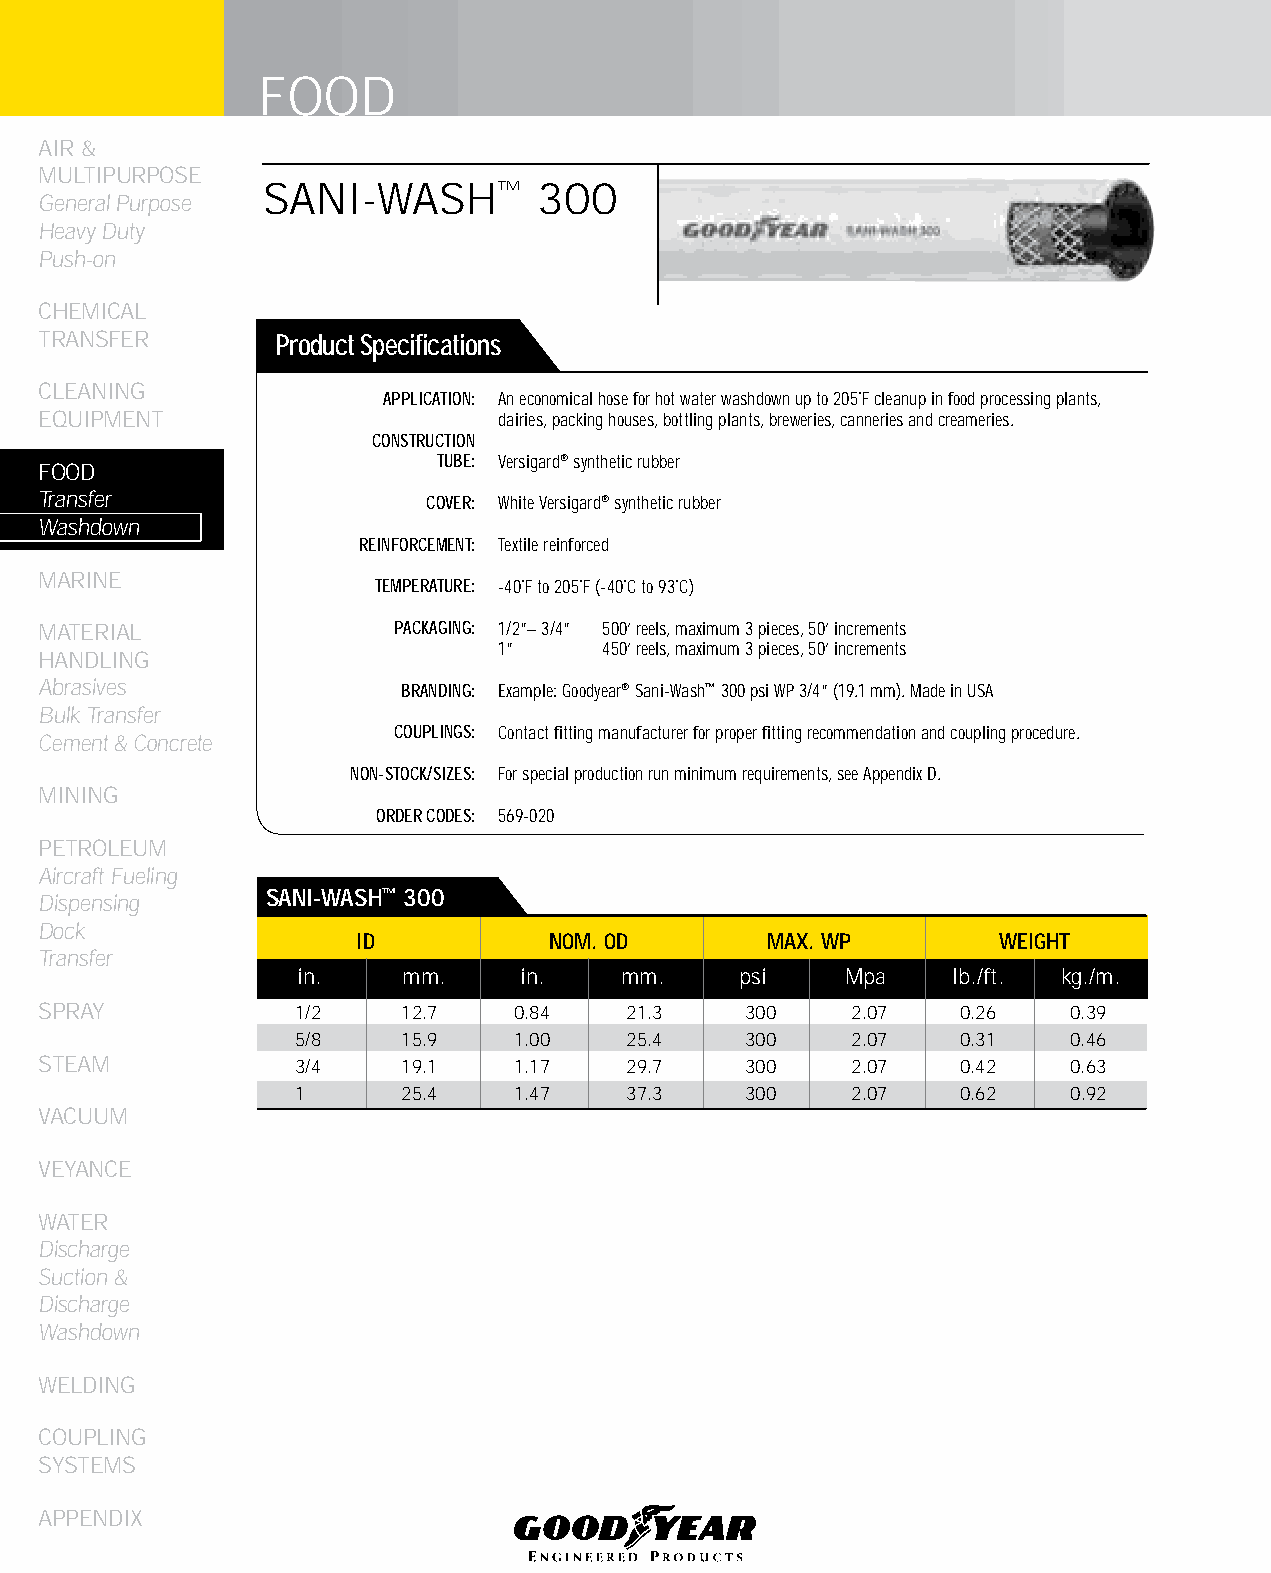
FOOD
 AIR &
 MULTIPURPOSE
 SANI-WASH™        300
 General Purpose
 Heavy Duty
 Push-on
 CHEMICAL
 TRANSFER       Product Specifications
 CLEANING
 APPLICATION: An economical hose for hot water washdown up to 205˚F cleanup in food processing plants,
 EqUIPMENT                     dairies, packing houses, bottling plants, breweries, canneries and creameries.
 CONSTRUCTION
 TUBE: Versigard® synthetic rubber
 FOOD
 Transfer                 COVER: White Versigard® synthetic rubber
 Washdown
 REINFORCEMENT: Textile reinforced
 MARINE
 TEMPERATURE: -40˚F to 205˚F (-40˚C to 93˚C)
 MATERIAL               PACKAGING: 1/2”– 3/4” 500’ reels, maximum 3 pieces, 50’ increments
 1”     450’ reels, maximum 3 pieces, 50’ increments
 HANDLING
 Abrasives               BRANDING: Example: Goodyear® Sani-Wash™ 300 psi WP 3/4” (19.1 mm). Made in USA
 Bulk Transfer
 COUPLINGS: Contact fitting manufacturer for proper fitting recommendation and coupling procedure.
 Cement & Concrete
 NON-STOCK/SIZES: For special production run minimum requirements, see Appendix D.
 MINING
 ORDER CODES: 569-020
 PETROLEUM
 Aircraft Fueling
 Dispensing     SANI-WASH™ 300
 Dock
 ID          NOM. OD        MAX. WP        WEIGHT
 Transfer
 in.    mm.     in.   mm.     psi    Mpa    lb./ft. kg./m.
 SPRAY            1/2    12.7   0.84    21.3   300    2.07    0.26   0.39
 5/8    15.9   1.00    25.4   300    2.07    0.31   0.46
 STEAM            3/4    19.1   1.17    29.7   300    2.07    0.42   0.63
 1      25.4   1.47    37.3   300    2.07    0.62   0.92
 VACUUM
 VEYANCE
 WATER
 Discharge
 Suction &
 Discharge
 Washdown
 WELDING
 COUPLING
 SYSTEMS
 APPENDIX
 88